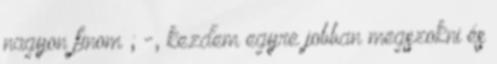
nagyon finom ; -, kezdem egyre jobban megszokni és